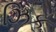
ઝિક